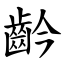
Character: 䶖